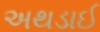
અથડાઈ